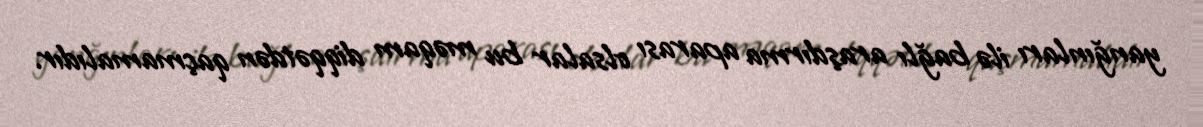
yanğınları ilə bağlı araşdırma aparası olsalar bu məqam diqqətdən qaçmamalıdır.